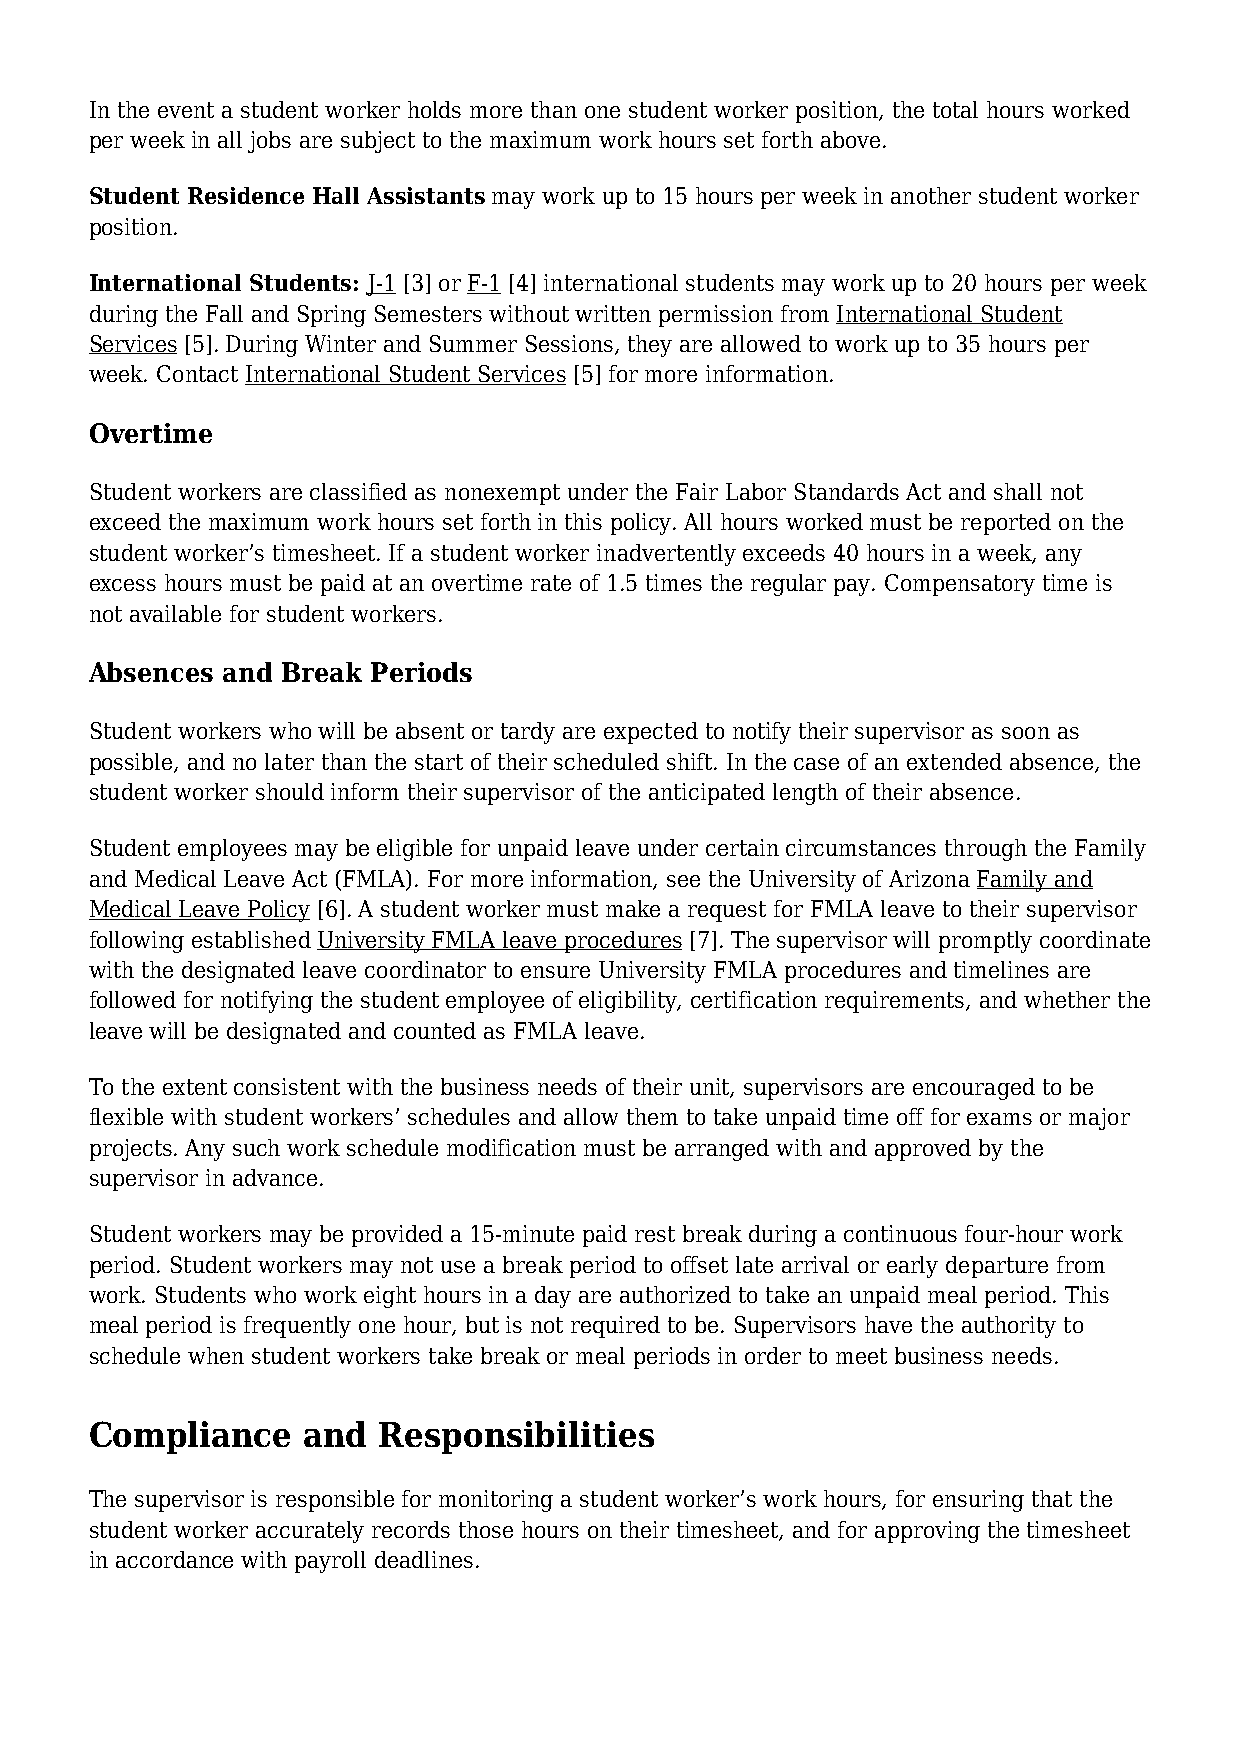
In the event a student worker holds more than one student worker position, the total hours worked
 per week in all jobs are subject to the maximum work hours set forth above.
 Student Residence Hall Assistants may work up to 15 hours per week in another student worker
 position.
 International Students: J-1 [3] or F-1 [4] international students may work up to 20 hours per week
 during the Fall and Spring Semesters without written permission from International Student
 Services [5]. During Winter and Summer Sessions, they are allowed to work up to 35 hours per
 week. Contact International Student Services [5] for more information.
 Overtime
 Student workers are classified as nonexempt under the Fair Labor Standards Act and shall not
 exceed the maximum work hours set forth in this policy. All hours worked must be reported on the
 student worker’s timesheet. If a student worker inadvertently exceeds 40 hours in a week, any
 excess hours must be paid at an overtime rate of 1.5 times the regular pay. Compensatory time is
 not available for student workers.
 Absences and Break Periods
 Student workers who will be absent or tardy are expected to notify their supervisor as soon as
 possible, and no later than the start of their scheduled shift. In the case of an extended absence, the
 student worker should inform their supervisor of the anticipated length of their absence.
 Student employees may be eligible for unpaid leave under certain circumstances through the Family
 and Medical Leave Act (FMLA). For more information, see the University of Arizona Family and
 Medical Leave Policy [6]. A student worker must make a request for FMLA leave to their supervisor
 following established University FMLA leave procedures [7]. The supervisor will promptly coordinate
 with the designated leave coordinator to ensure University FMLA procedures and timelines are
 followed for notifying the student employee of eligibility, certification requirements, and whether the
 leave will be designated and counted as FMLA leave.
 To the extent consistent with the business needs of their unit, supervisors are encouraged to be
 flexible with student workers’ schedules and allow them to take unpaid time off for exams or major
 projects. Any such work schedule modification must be arranged with and approved by the
 supervisor in advance.
 Student workers may be provided a 15-minute paid rest break during a continuous four-hour work
 period. Student workers may not use a break period to offset late arrival or early departure from
 work. Students who work eight hours in a day are authorized to take an unpaid meal period. This
 meal period is frequently one hour, but is not required to be. Supervisors have the authority to
 schedule when student workers take break or meal periods in order to meet business needs.
 Compliance    and  Responsibilities
 The supervisor is responsible for monitoring a student worker’s work hours, for ensuring that the
 student worker accurately records those hours on their timesheet, and for approving the timesheet
 in accordance with payroll deadlines.